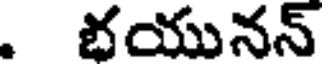
. భయునన్